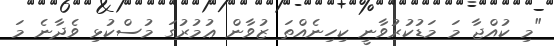
"މި ކުއްޖާ މަ މަޑުކުރުވާނީ ކިހިނެއްތަ ޒުވާން ޢުމުރުގަ މުސްކުޅި ވެދާނެ މަ